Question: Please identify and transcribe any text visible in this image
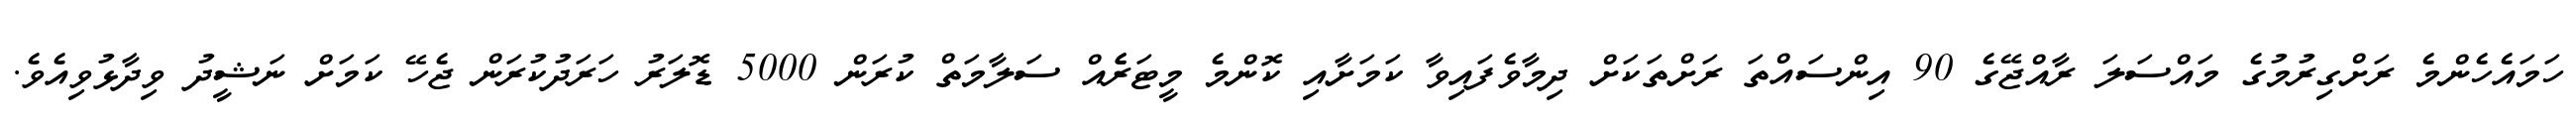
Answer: ހަމައެހެންމެ ރަށްގިރުމުގެ މައްސަލަ ރާއްޖޭގެ 90 އިންސައްތަ ރަށްތަކަށް ދިމާވެފައިވާ ކަމަށާއި ކޮންމެ މީޓަރެެއް ސަލާމަތް ކުރަން 5000 ޑޮލަރު ހަރަދުކުރަން ޖެހޭ ކަމަށް ނަޝީދު ވިދާޅުވިއެވެ.